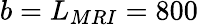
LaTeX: b=L_{MRI}=800